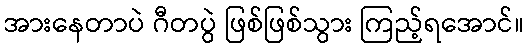
အားနေတာပဲ ဂီတပွဲ ဖြစ်ဖြစ်သွား ကြည့်ရအောင်။